Report of the Indian Hemp Drugs Commission, 1894-1895 - Volume I
Year: 1894
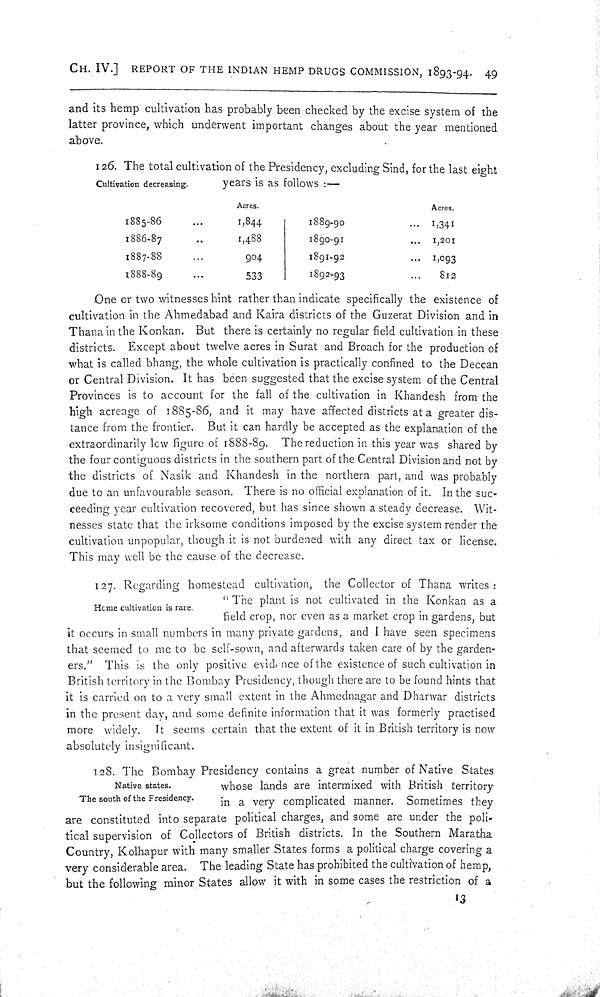
CH. IV.] REPORT OF THE INDIAN HEMP DRUGS COMMISSION, 1893-94. 49
and its hemp cultivation has probably been checked by the excise system of the
latter province, which underwent important changes about the year mentioned
above.
Cultivation decreasing.
126. The total cultivation of the Presidency, excluding Sind, for the last eight
years is as follows:-
Acres.
Acres.
1885-86
1,844
1889-90
1,341
1886-87
1,488
1890-91
1,201
1887-88
904
1891-92
1,093
1888-89
533
1892-93
812
One or two witnesses hint rather than indicate specifically the existence of
cultivation in the Ahmedabad and Kaira districts of the Guzerat Division and in
Thana in the Konkan. But there is certainly no regular field cultivation in these
districts. Except about twelve acres in Surat and Broach for the production of
what is called bhang, the whole cultivation is practically confined to the Deccan
or Central Division. It has been suggested that the excise system of the Central
Provinces is to account for the fall of the cultivation in Khandesh from the
high acreage of 1885-86, and it may have affected districts at a greater dis-
tance from the frontier. But it can hardly be accepted as the explanation of the
extraordinarily low figure of 1888-89. The reduction in this year was shared by
the four contiguous districts in the southern part of the Central Division and not by
the districts of Nasik and Khandesh in the northern part, and was probably
due to an unfavourable season. There is no official explanation of it. In the suc-
ceeding year cultivation recovered, but has since shown a steady decrease. Wit-
nesses state that the irksome conditions imposed by the excise system render the
cultivation unpopular, though it is not burdened with any direct tax or license.
This may well be the cause of the decrease.
Home cultivation is rare.
127. Regarding homestead cultivation, the Collector of Thana writes:
"The plant is not cultivated in the Konkan as a
field crop, nor even as a market crop in gardens, but
it occurs in small numbers in many private gardens, and I have seen specimens
that seemed to me to be self-sown, and afterwards taken care of by the garden-
ers." This is the only positive evidence of the existence of such cultivation in
British territory in the Bombay Presidency, though there are to be found hints that
it is carried on to a very small extent in the Ahmednagar and Dharwar districts
in the present day, and some definite information that it was formerly practised
more widely. It seems certain that the extent of it in British territory is now
absolutely insignificant.
Native states.
The south of the Fresidency.
128. The Bombay Presidency contains a great number of Native States
whose lands are intermixed with British territory
in a very complicated manner. Sometimes they
are constituted into separate political charges, and some are under the poli-
tical supervision of Collectors of British districts. In the Southern Maratha
Country, Kolhapur with many smaller States forms a political charge covering a
very considerable area. The leading State has prohibited the cultivation of hemp,
but the following minor States allow it with in some cases the restriction of a
13